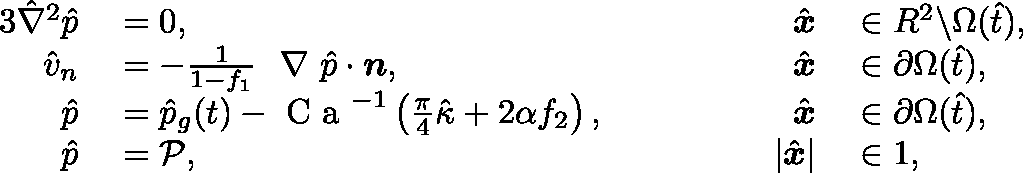
\begin{array} { r l r l } { { 3 } \hat { \nabla } ^ { 2 } \hat { p } } & { { } = 0 , } & { \hat { \boldsymbol { x } } } & { { } \in \mathbb { R } ^ { 2 } \backslash \Omega ( \hat { t } ) , } \\ { \hat { v } _ { n } } & { { } = - \frac { 1 } { 1 - f _ { 1 } } \mathrm { ~ \boldmath ~ \nabla ~ } \hat { p } \cdot \boldsymbol { n } , } & { \hat { \boldsymbol { x } } } & { { } \in \partial \Omega ( \hat { t } ) , } \\ { \hat { p } } & { { } = \hat { p } _ { g } ( t ) - \textrm { C a } ^ { - 1 } \left( \frac { \pi } { 4 } \hat { \kappa } + 2 \alpha f _ { 2 } \right) , \qquad \qquad } & { \hat { \boldsymbol { x } } } & { { } \in \partial \Omega ( \hat { t } ) , } \\ { \hat { p } } & { { } = \mathcal { P } , \qquad \qquad } & { | \hat { \boldsymbol { x } } | } & { { } \in 1 , } \end{array}